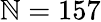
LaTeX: \mathbb{N}=157